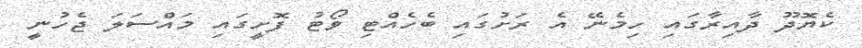
ކެޔޮދޫ ދާއިރާގައި ހިމެނޭ އެ ރަށުގައި ބެހެއްޓި ވޯޓު ފޮށީގައި މައްސަލަ ޖެހުނީ